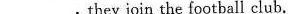
___，they join the football club.